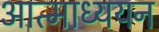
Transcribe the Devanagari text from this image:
आत्माध्ययन